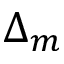
\Delta _ { m }